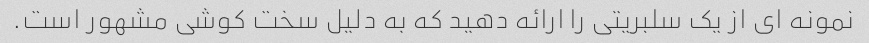
نمونه ای از یک سلبریتی را ارائه دهید که به دلیل سخت کوشی مشهور است.